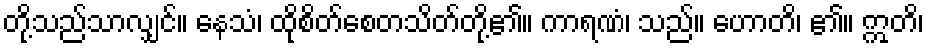
တို့သည်သာလျှင်။ နေသံ၊ ထိုစိတ်စေတသိတ်တို့၏။ ကာရဏံ၊ သည်။ ဟောတိ၊ ၏။ ဣတိ၊